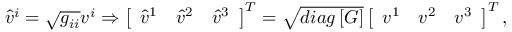
\begin{array} { r } { \hat { v } ^ { i } = \sqrt { g _ { i i } } v ^ { i } \Rightarrow \left[ \begin{array} { l l l } { \hat { v } ^ { 1 } } & { \hat { v } ^ { 2 } } & { \hat { v } ^ { 3 } } \end{array} \right] ^ { T } = \sqrt { d i a g \left[ \boldsymbol { G } \right] } \left[ \begin{array} { l l l } { v ^ { 1 } } & { v ^ { 2 } } & { v ^ { 3 } } \end{array} \right] ^ { T } , } \end{array}